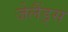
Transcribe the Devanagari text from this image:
जेलैंड्स